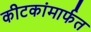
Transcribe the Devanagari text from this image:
कीटकांमार्फत